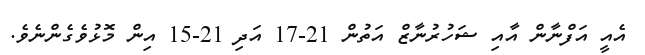
އެއީ އަފްނާން އާއި ޝަހުރުނާޒް އަތުން 21-17 އަދި 21-15 އިން މޮޅުވެގެންނެވެ.